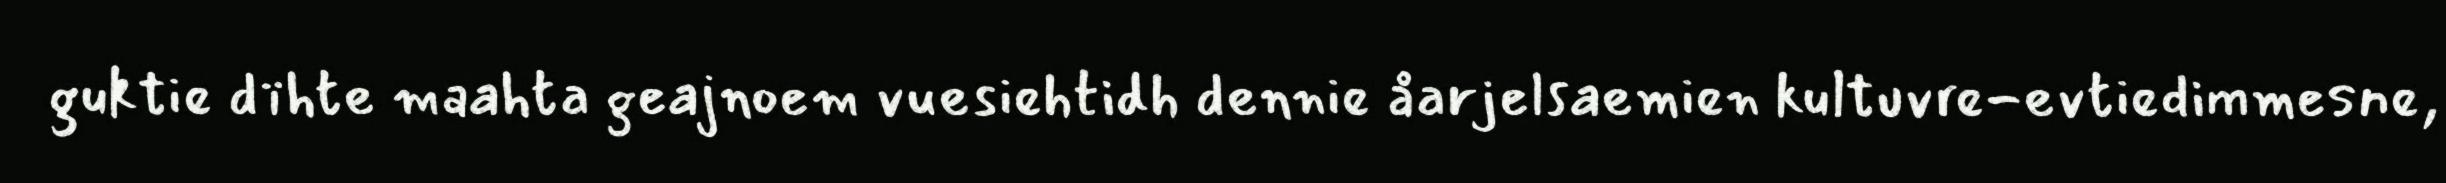
guktie dïhte maahta geajnoem vuesiehtidh dennie åarjelsaemien kultuvre-evtiedimmesne,